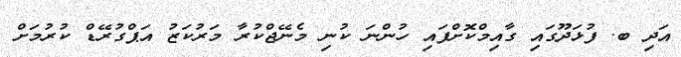
އަދި ބ. ފުޅަދޫގައި ގާއިމްކޮށްފައި ހުންނަ ކުނި މެނޭޖްކުރާ މަރުކަޒު އަޕްގުރޭޑް ކުރުމަށް